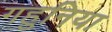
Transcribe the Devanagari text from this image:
गहुनिया